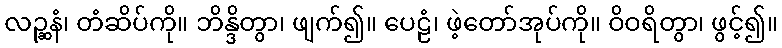
လဉ္ဆနံ၊ တံဆိပ်ကို။ ဘိန္ဒိတွာ၊ ဖျက်၍။ ပေဠံ၊ ဖဲ့တော်အုပ်ကို။ ဝိဝရိတွာ၊ ဖွင့်၍။